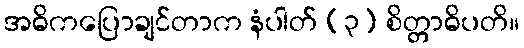
အဓိကပြောချင်တာက နံပါတ် (၃) စိတ္တာဓိပတိ။